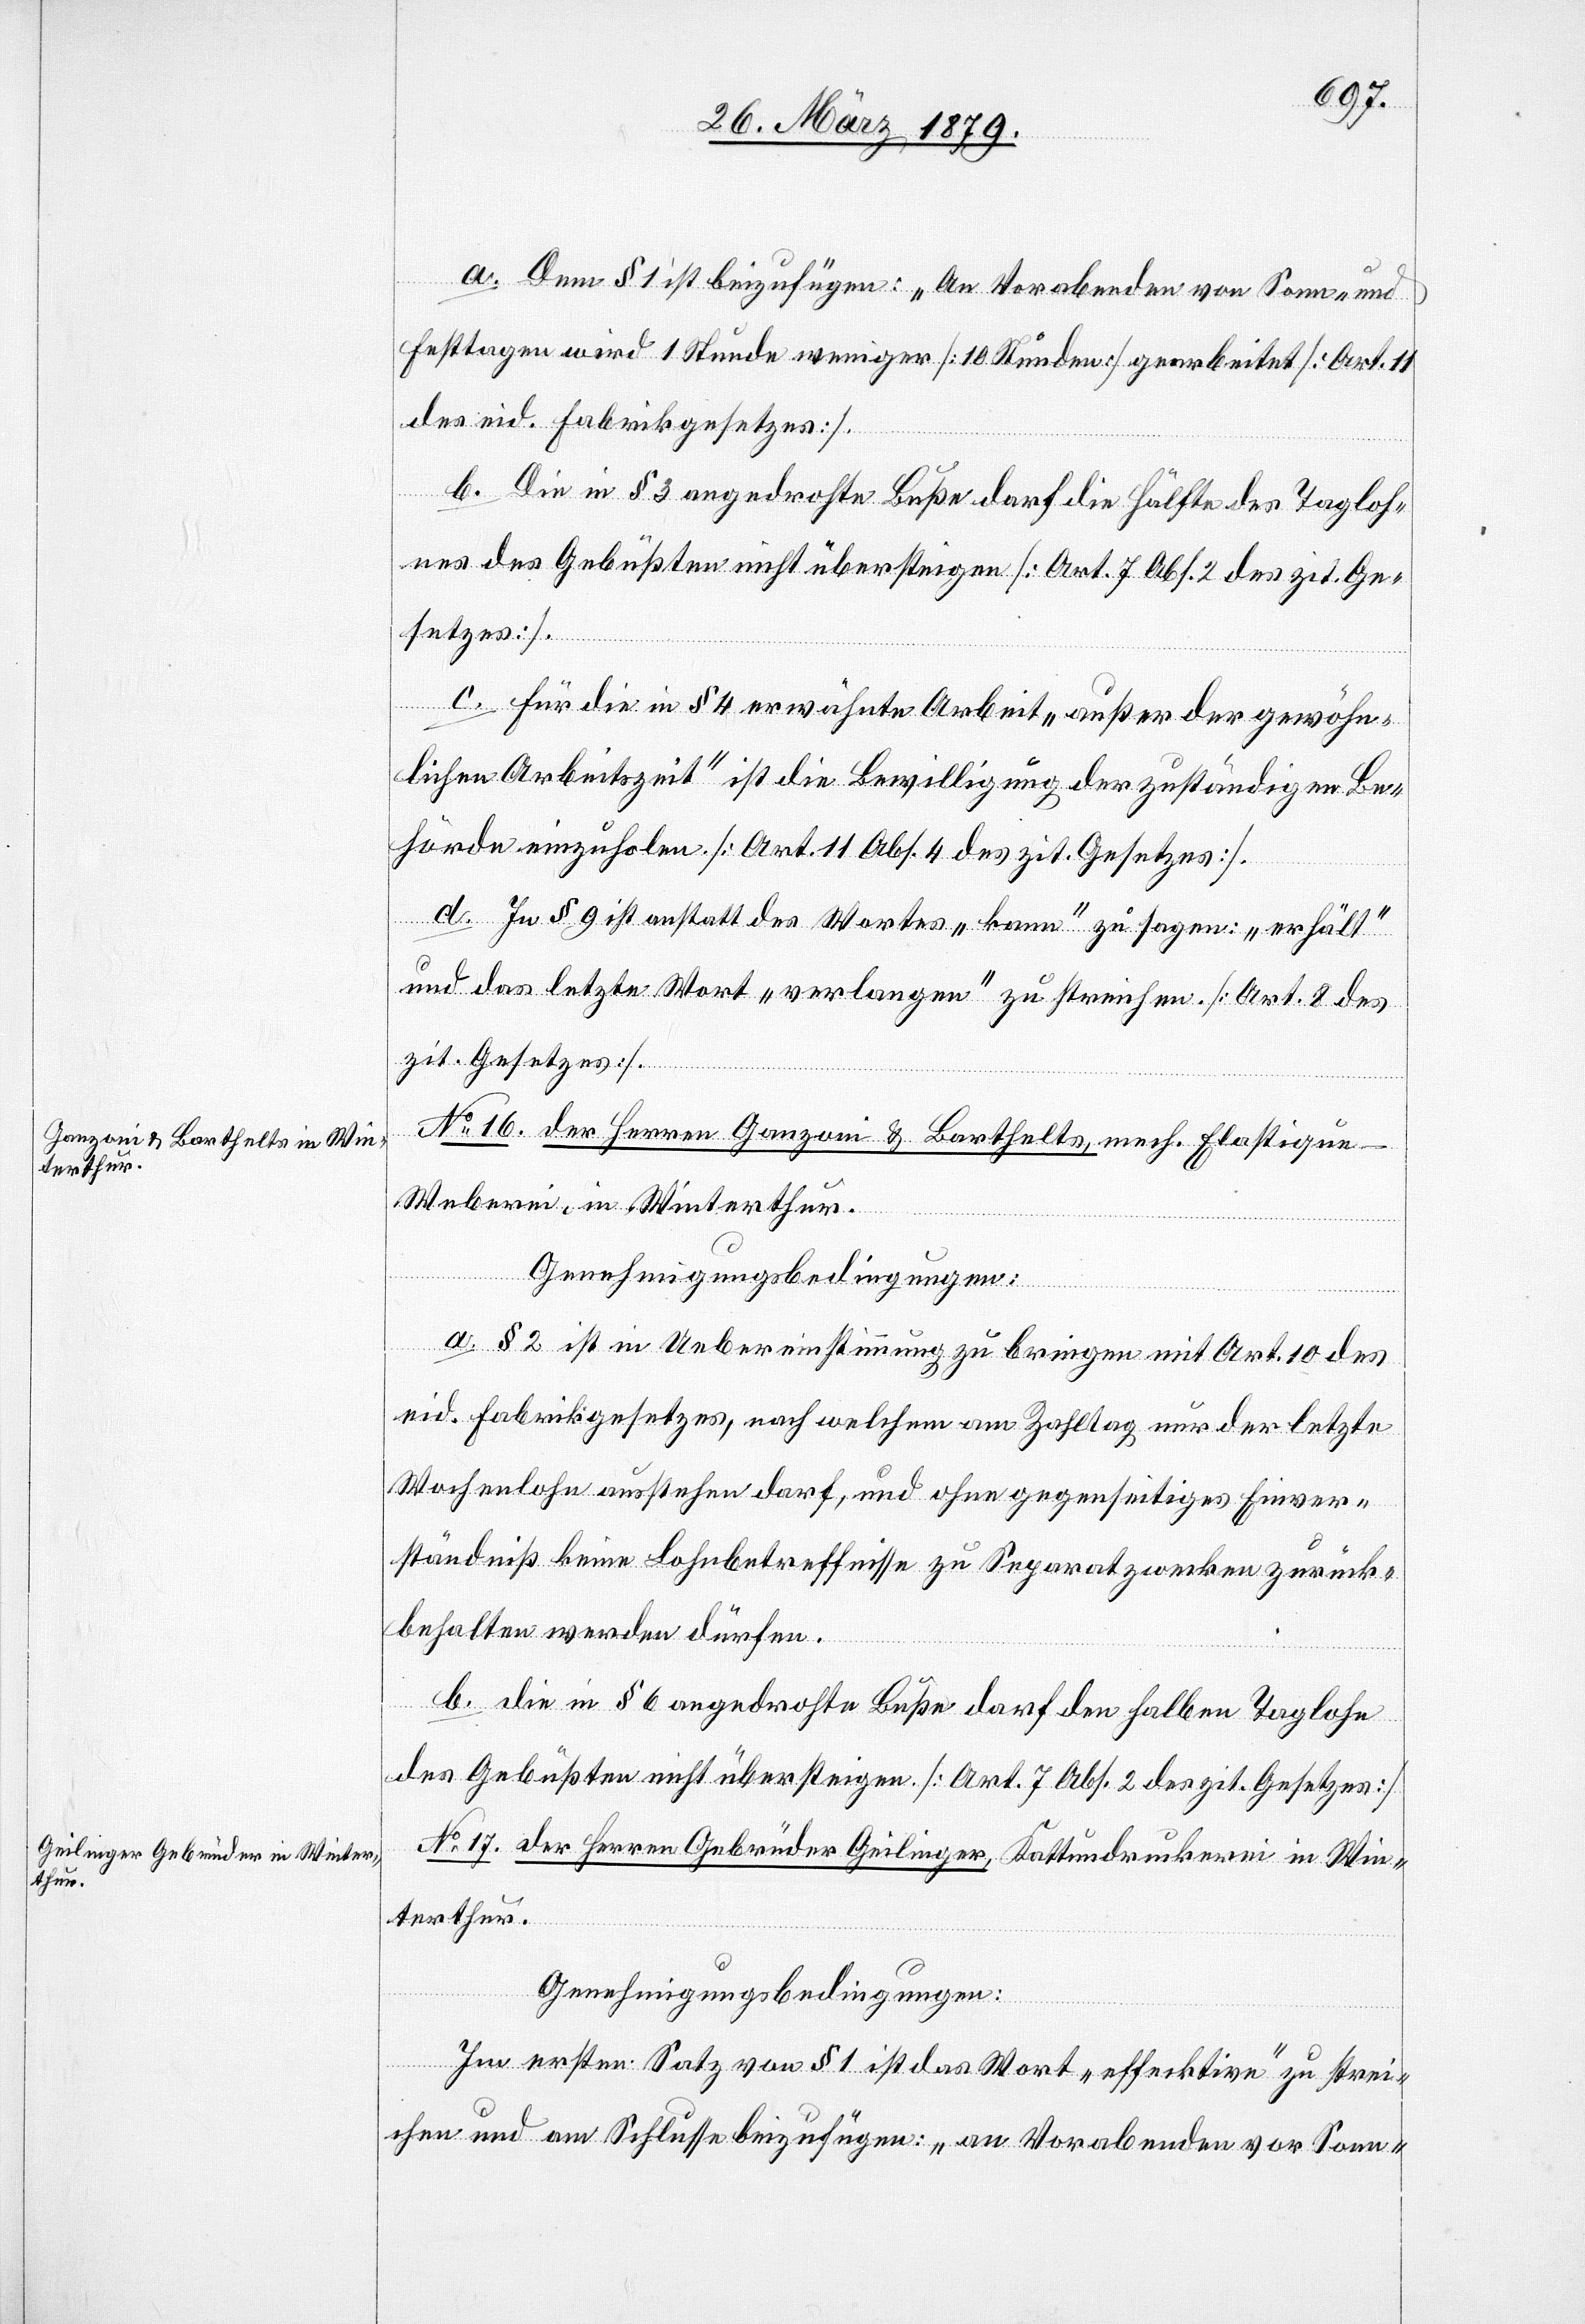
a. Dem § 1 ist beizufügen: „An Vorabenden von Sonn- und
Festtagen wird 1 Stunde weniger [10 Stunden] gearbeitet [Art. 11
des eid. Fabrikgesetzes].
b. Die in § 3 angedrohte Buße darf die Hälfte des Tagloh¬
nes des Gebüßten nicht übersteigen [Art. 7 Abs. 2 des zit. Ge¬
setzes].
c. Für die in § 4 erwähnte Arbeit „außer der gewöhn¬
lichen Arbeitszeit“ ist die Bewilligung der zuständigen Be¬
hörde einzuholen [Art. 11 Abs. 4 des zit. Gesetzes].
d. In § 9 ist anstatt des Wortes „kann“ zu sagen: „erhält“
und das letzte Wort „verlangen“ zu streichen [Art. 8 des
zit. Gesetzes].
No 16. der Herren Ganzoni & Barthelts, mech. Elastiqu¬
e-Weberei, in Winterthur.
Genehmigungsbedingungen:
a. § 2 ist in Uebereinstimmung zu bringen mit Art. 10 des
eid. Fabrikgesetzes, nach welchem am Zahltag nur der letzte
Wochenlohn ausstehen darf, und ohne gegenseitiges Einver¬
ständniß keine Lohnbetreffnisse zu Separatzwecken zurück¬
behalten werden dürfen.
b. Die in § 6 angedrohte Buße darf den halben Taglohn
des Gebüßten nicht übersteigen. [Art. 7 Abs. 2 des zit. Gesetzes]
No 17. der Herren Gebrüder Geilinger, Kattundruckerei in Win¬
terthur.
Genehmigungsbedingungen:
Im ersten Satz von § 1 ist das Wort „effektive“ zu strei¬
chen und am Schlusse beizufügen: „an Vorabenden vor Sonn-